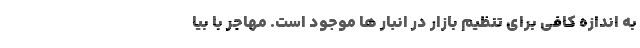
به اندازه کافی برای تنظیم بازار در انبار ها موجود است. مهاجر با بیا